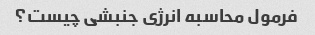
فرمول محاسبه انرژی جنبشی چیست؟